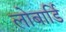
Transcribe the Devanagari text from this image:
लोबार्डि